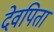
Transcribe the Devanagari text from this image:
देवपिता